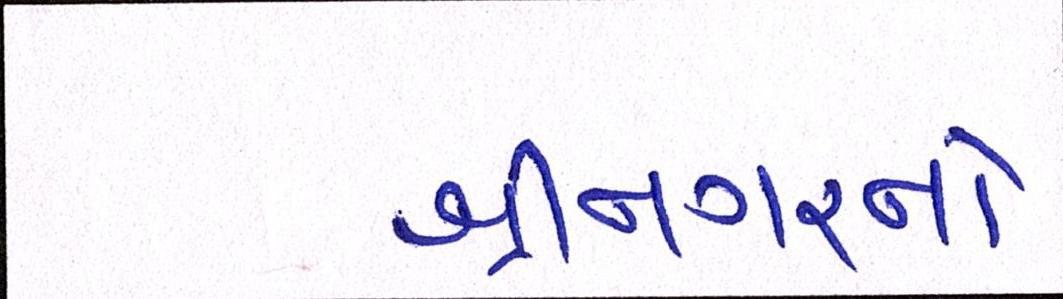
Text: શ્રીનગરનો